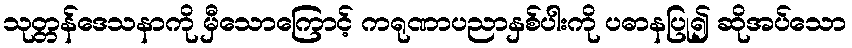
သုတ္တန်ဒေသနာကို မှီသောကြောင့် ကရုဏာပညာနှစ်ပါးကို ပဓာနပြု၍ ဆိုအပ်သော